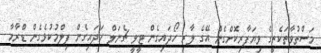
މަސްތުވާތަކެތީގެ ވިޔަފާރިކޮށްގެން އޭގެ ލާރި ހޯދައިގެން ޓީވީ ޗެނަލް ހަދައިގެން ފިލްމުކުޅެގެން ޑްރާމާ